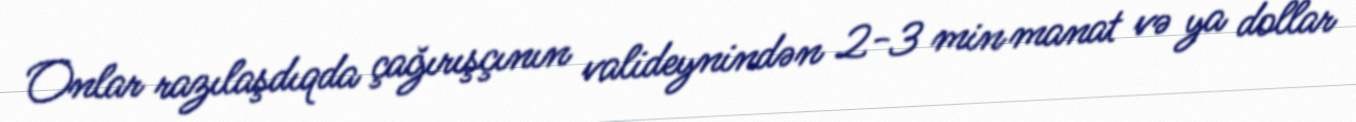
Onlar razılaşdıqda çağırışçının valideynindən 2-3 min manat və ya dollar